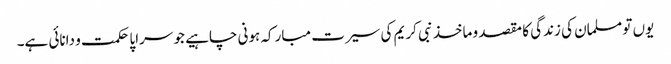
یوں تو مسلمان کی زندگی کا مقصد و ماخذ نبی کریم کی سیرت مبارکہ ہونی چاہیے جو سراپا حکمت و دانائی ہے۔